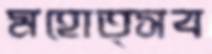
মহোত্সব